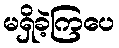
မရှိခဲ့ကြပေ